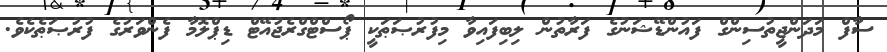
ސާފް މަދަންޖީތުސިންގް ފައުންޑޭޝަނުގެ ފަރާތުން ލިބިފައިވާ މިފުރުޞަޠަކީ ޕޯސްޓްގްރެޖުއޭޓް ޑިޕްލޮމާ ފެންވަރުގެ ފުރުޞަޠެކެވެ.